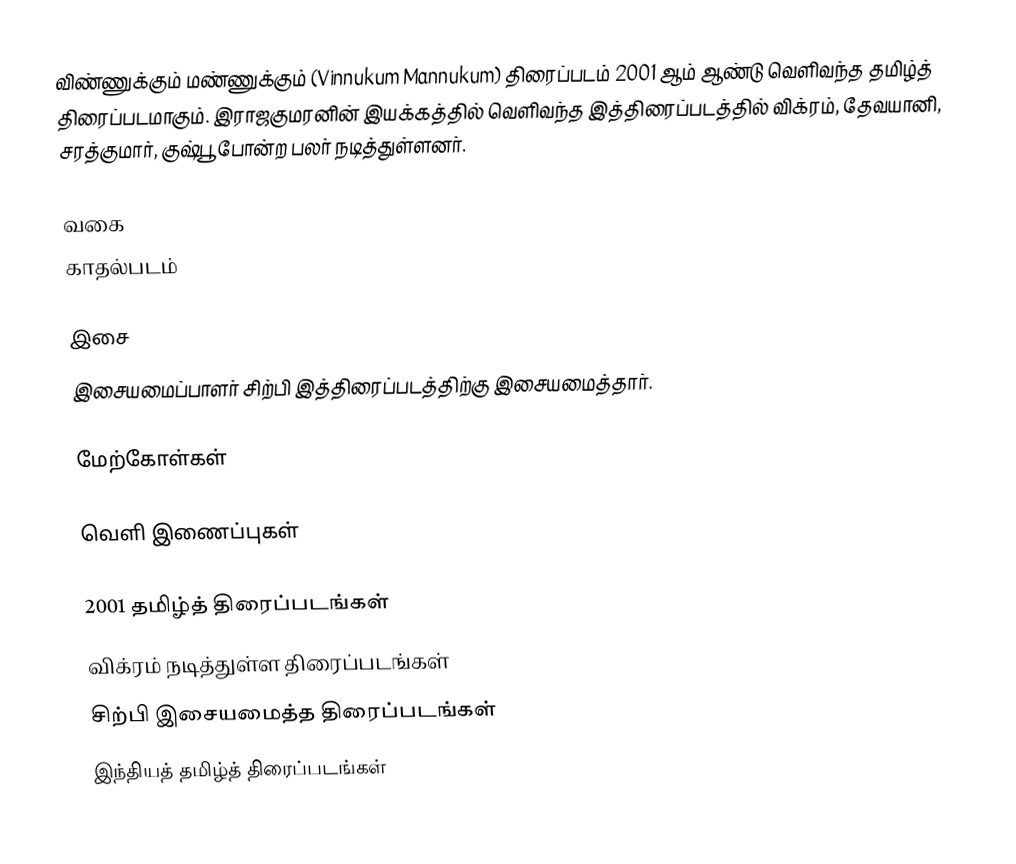
விண்ணுக்கும் மண்ணுக்கும் (Vinnukum Mannukum) திரைப்படம் 2001 ஆம் ஆண்டு வெளிவந்த தமிழ்த் திரைப்படமாகும். இராஜகுமரனின் இயக்கத்தில் வெளிவந்த இத்திரைப்படத்தில் விக்ரம், தேவயானி, சரத்குமார், குஷ்பூ போன்ற பலர் நடித்துள்ளனர்.

வகை
காதல்படம்

இசை
இசையமைப்பாளர் சிற்பி இத்திரைப்படத்திற்கு இசையமைத்தார்.

மேற்கோள்கள்

வெளி இணைப்புகள்

2001 தமிழ்த் திரைப்படங்கள்
விக்ரம் நடித்துள்ள திரைப்படங்கள்
சிற்பி இசையமைத்த திரைப்படங்கள்
இந்தியத் தமிழ்த் திரைப்படங்கள்